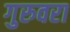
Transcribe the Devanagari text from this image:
गुरुवरा